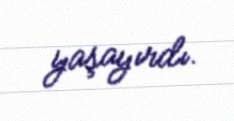
yaşayırdı.